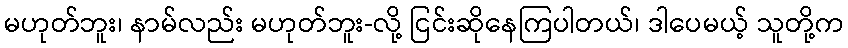
မဟုတ်ဘူး၊ နာမ်လည်း မဟုတ်ဘူး-လို့ ငြင်းဆိုနေကြပါတယ်၊ ဒါပေမယ့် သူတို့က